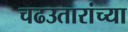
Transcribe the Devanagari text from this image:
चढउतारांच्या